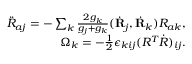
\begin{array} { r } { \ddot { R } _ { a j } = - \sum _ { k } \frac { 2 g _ { k } } { g _ { j } + g _ { k } } ( \dot { \bf R } _ { j } , \dot { \bf R } _ { k } ) R _ { a k } , } \\ { \Omega _ { k } = - \frac 1 2 \epsilon _ { k i j } ( R ^ { T } \dot { R } ) _ { i j } . } \end{array}